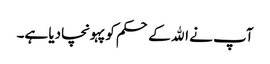
آپ نے الله کے حکم کو پہونچادیا ہے۔